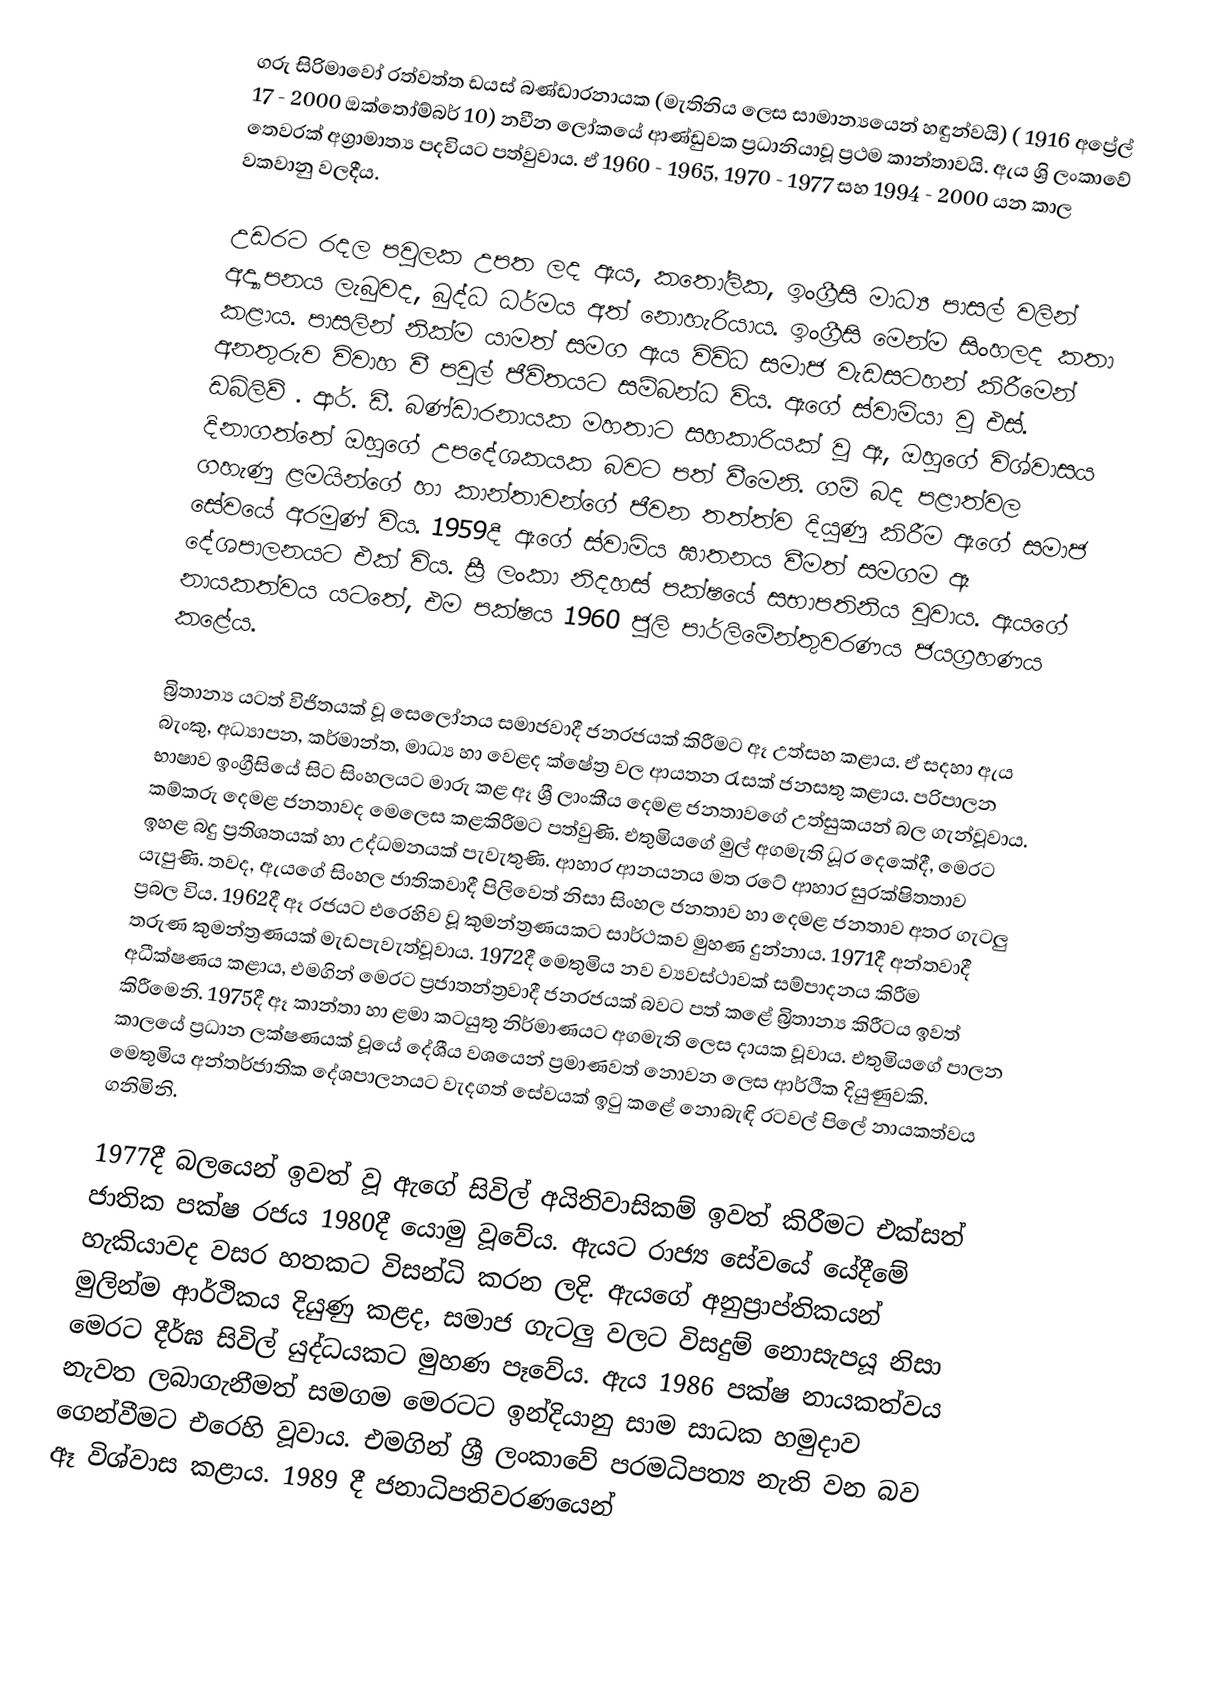
ගරු සිරිමාවෝ රත්වත්ත ඩයස් බණ්ඩාරනායක (මැතිනිය ලෙස සාමාන්‍යයෙන් හඳුන්වයි) ( 1916 අප්‍රේල් 17 - 2000 ඔක්තෝම්බර් 10) නවීන ලෝකයේ ආණ්ඩුවක ප්‍රධානියාවූ ප්‍රථම කාන්තාවයි. ඇය ශ්‍රි ලංකාවේ තෙවරක් අග්‍රාමාත්‍ය පදවියට පත්වුවාය. ඒ 1960 - 1965, 1970 - 1977 සහ 1994 - 2000 යන කාල වකවානු වලදීය.

උඩරට රදල පවුලක උපත ලද ඇය, කතෝලික, ඉංග්‍රීසි මාධ්‍ය පාසල් වලින් අද්‍යාපනය ලැබුවද, බුද්ධ ධර්මය අත් නොහැරියාය. ඉංග්‍රීසි මෙන්ම සිංහලද කතා කළාය. පාසලින් නික්ම යාමත් සමග ඇය විවිධ සමාජ වැඩසටහන් කිරීමෙන් අනතුරුව විවාහ වී පවුල් ජීවිතයට සම්බන්ධ විය. ඇගේ ස්වාමියා වූ එස්. ඩබ්ලිව් . ආර්. ඩී. බණ්ඩාරනායක මහතාට සහකාරියක් වූ ඈ, ඔහුගේ විශ්වාසය දිනාගත්තේ ඔහුගේ උපදේශකයක බවට පත් වීමෙනි. ගම් බද පළාත්වල ගහැණු ළමයින්ගේ හා කාන්තාවන්ගේ ජීවන තත්ත්ව දියුණු කිරීම ඇගේ සමාජ සේවයේ අරමුණ් විය. 1959දී ඇගේ ස්වාමිය ඝාතනය වීමත් සමගම ඈ දේශපාලනයට එක් විය. ස්‍රී ලංකා නිදහස් පක්ෂයේ සභාපතිනිය වූවාය. ඇයගේ නායකත්වය යටතේ, එම පක්ෂය 1960 ජූලි පාර්ලිමේන්තුවරණය ජයග්‍රහණය කළේය.

බ්‍රිතාන්‍ය යටත් විජිතයක් වූ සෙලෝනය සමාජවාදී ජනරජයක් කිරීමට ඈ උත්සහ කළාය. ඒ සදහා ඇය බැංකු, අධ්‍යාපන, කර්මාන්ත, මාධ්‍ය හා වෙළද ක්ෂේත්‍ර වල ආයතන රැසක් ජනසතු කළාය. පරිපාලන භාෂාව ඉංග්‍රීසියේ සිට සිංහලයට මාරු කළ ඈ ශ්‍රී ලාංකීය දෙමළ ජනතාවගේ උත්සුකයන් බල ගැන්වූවාය. කම්කරු දෙමළ ජනතාවද මෙලෙස කළකිරීමට පත්වුණි. එතුමියගේ මුල් අගමැති ධූර දෙකේදී, මෙරට ඉහළ බදු ප්‍රතිශතයක් හා උද්ධමනයක් පැවැතුණි. ආහාර ආනයනය මත රටේ ආහාර සුරක්ෂිතතාව යැපුණි. තවද, ඇයගේ සිංහල ජාතිකවාදී පිලිවෙත් නිසා සිංහල ජනතාව හා දෙමළ ජනතාව අතර ගැටලු ප්‍රබල විය. 1962දී ඈ රජයට එරෙහිව වූ කුමන්ත්‍රණයකට සා‍ර්ථකව මුහණ දුන්නාය. 1971දී අන්තවාදී තරුණ කුමන්ත්‍රණයක් මැඩපැවැත්වූවාය. 1972දී මෙතුමිය නව ව්‍යවස්ථාවක් සම්පාදනය කිරීම අධීක්ෂණය කළාය, එමගින් මෙරට ප්‍රජාතන්ත්‍රවාදී ජනරජයක් බවට පත් කළේ බ්‍රිතාන්‍ය කිරීටය ඉවත් කිරීමෙනි. 1975දී ඈ කාන්තා හා ළමා කටයුතු නිර්මාණයට අගමැති ලෙස දායක වූවාය. එතුමියගේ පාලන කාලයේ ප්‍රධාන ලක්ෂණයක් වූයේ දේශීය වශයෙන් ප්‍රමාණවත් නොවන ලෙස ආර්ථික දියුණුවකි. මෙතුමිය අන්තර්ජාතික දේශපාලනයට වැදගත් සේවයක් ඉටු කළේ නොබැඳි රටවල් පිලේ නායකත්වය ගනිමිනි.

1977දී බලයෙන් ඉවත් වූ ඇගේ සිවිල් අයිතිවාසිකම් ඉවත් කිරීමට එක්සත් ජාතික පක්ෂ රජය 1980දී යොමු වූවේය. ඇයට රාජ්‍ය සේවයේ යේදීමේ හැකියාවද වසර හතකට විසන්ධි කරන ලදි. ඇයගේ අනුප්‍රාප්තිකයන් මුලින්ම ආර්ථිකය දියුණු කළද, සමාජ ගැටලු වලට විසදුම් නොසැපයූ නිසා මෙරට දීර්ඝ සිවිල් යුද්ධයකට මුහණ පෑවේය. ඇය 1986 පක්ෂ නායකත්වය නැවත ලබාගැනීමත් සමගම මෙරටට ඉන්දියානු සාම සාධක හමුදාව ගෙන්වීමට එරෙහි වූවාය. එමගින් ශ්‍රී ලංකාවේ පරමධිපත්‍ය නැති වන බව ඈ විශ්වාස කළාය. 1989 දී ජනාධිපතිවරණයෙන්